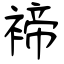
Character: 褅